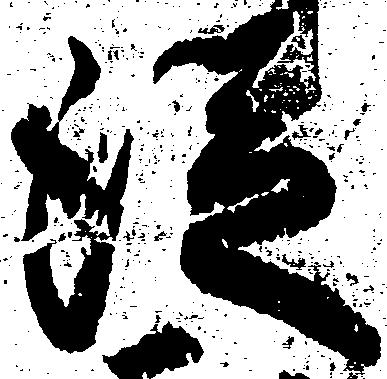
従